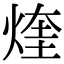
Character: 煃